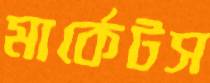
মার্কেটস